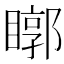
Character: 䁨